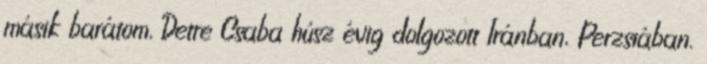
másik barátom, Detre Csaba húsz évig dolgozott Iránban, Perzsiában.